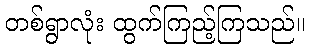
တစ်ရွာလုံး ထွက်ကြည့်ကြသည်။